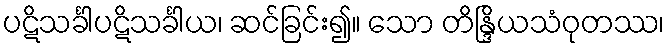
ပဋိသင်္ခါပဋိသင်္ခါယ၊ ဆင်ခြင်း၍။ သော တိန္ဒြိယသံဝုတဿ၊